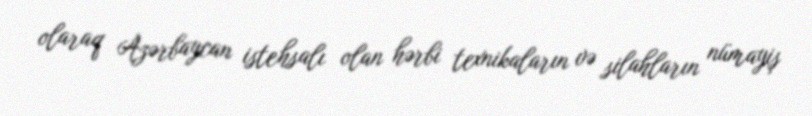
olaraq Azərbaycan istehsalı olan hərbi texnikaların və silahların nümayiş